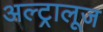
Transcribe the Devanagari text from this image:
अल्ट्रालूज